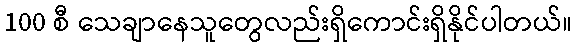
100 စီ သေချာနေသူတွေလည်းရှိကောင်းရှိနိုင်ပါတယ်။